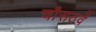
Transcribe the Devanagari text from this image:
चौसठवें